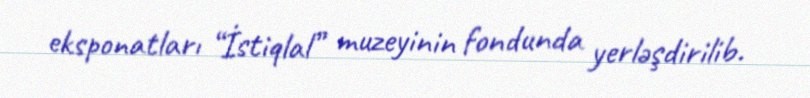
eksponatları “İstiqlal” muzeyinin fondunda yerləşdirilib.